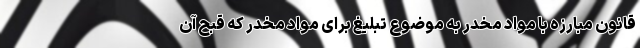
قانون مبارزه با مواد مخدر به موضوع تبلیغ برای مواد مخدر که قبح آن